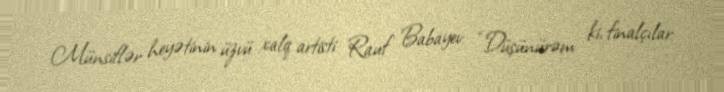
Münsiflər heyətinin üzvü xalq artisti Rauf Babayev: “Düşünürəm ki, finalçılar